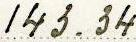
143.34